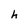
Character: h